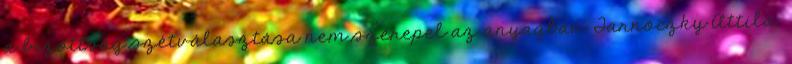
a bizottság szétválasztása nem szerepel az anyagban. Tarnóczky Attila: